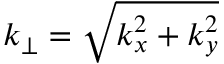
k _ { \perp } = \sqrt { k _ { x } ^ { 2 } + k _ { y } ^ { 2 } }